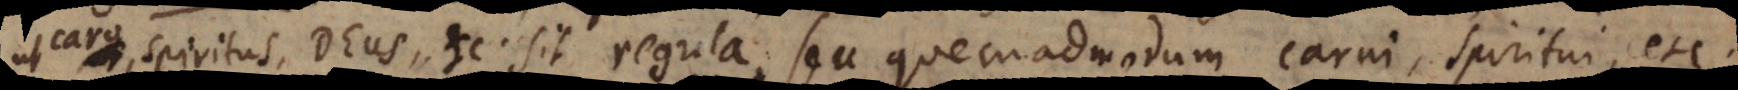
ut caro, spiritus, Deus etc. sit regula, seu quemadmodum carni, spiritui, etc.